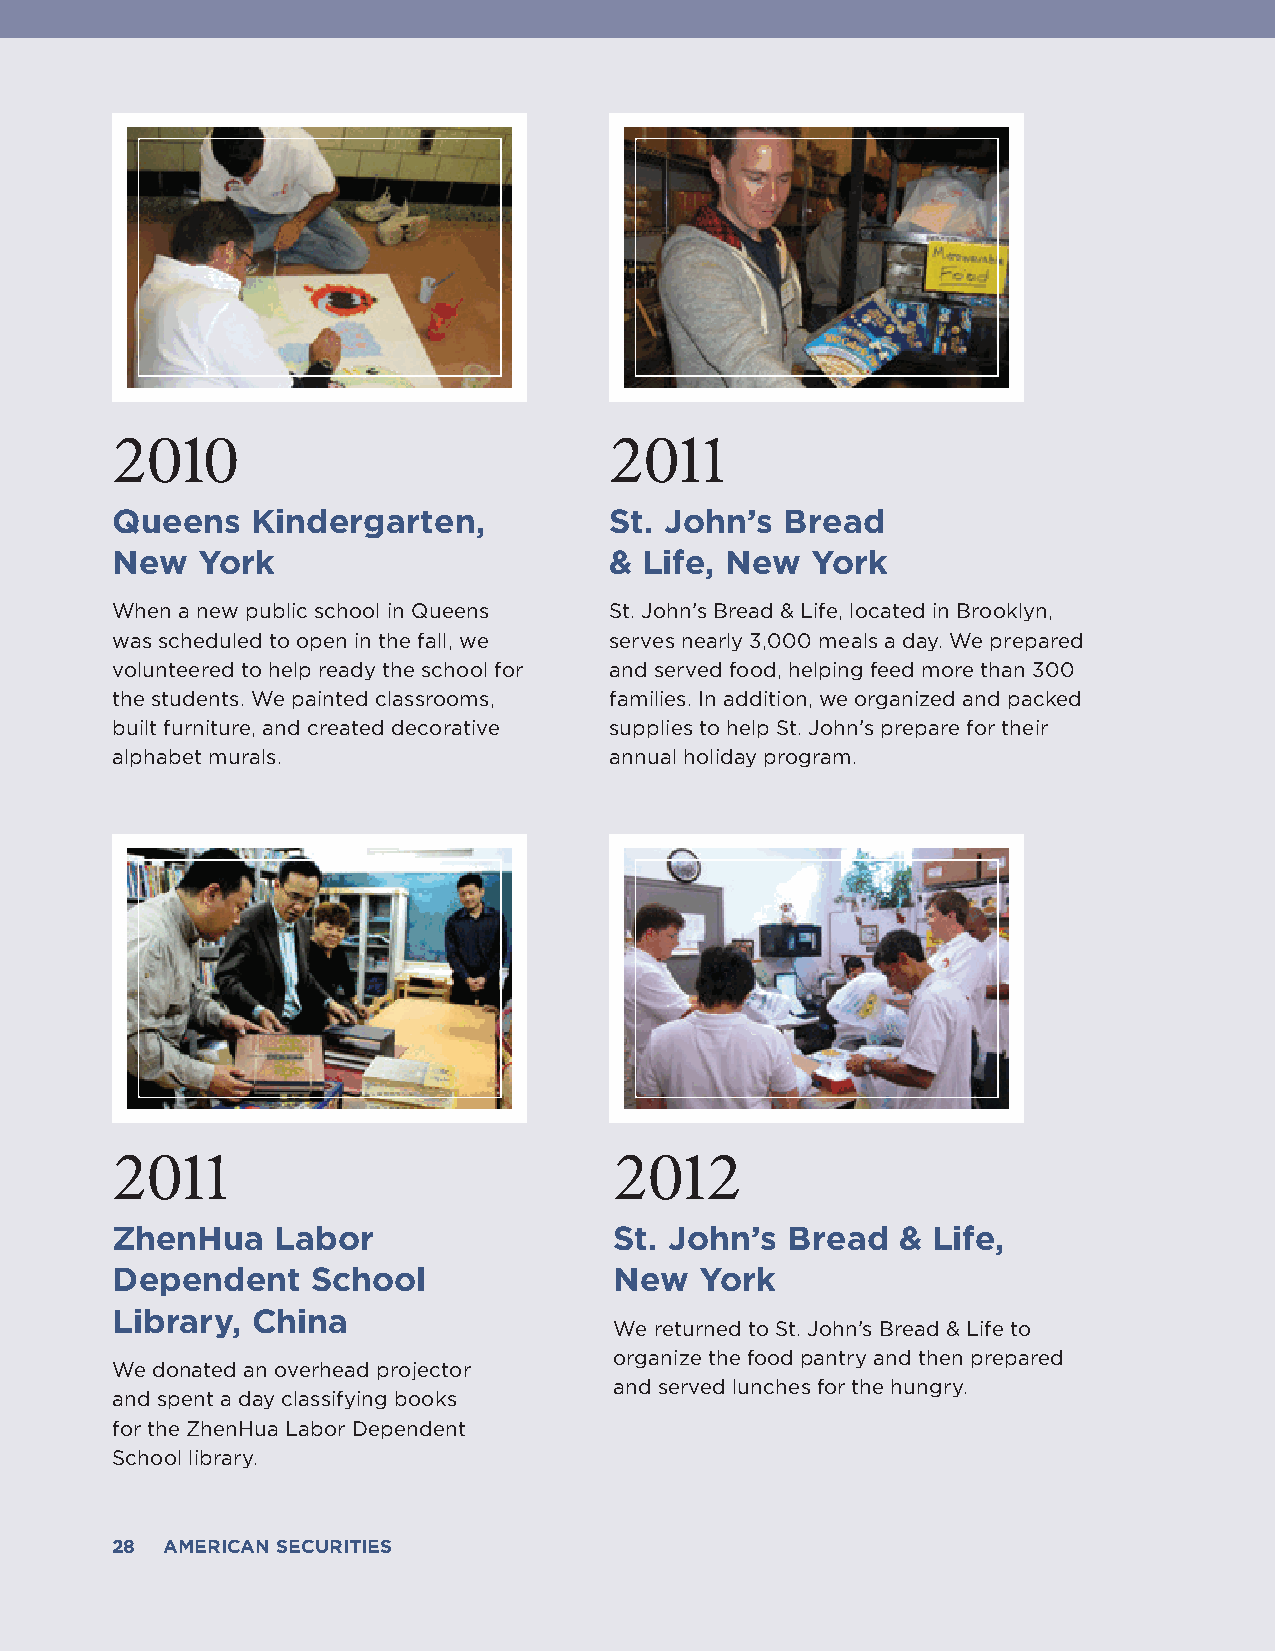
2010                             2011
 Queens    Kindergarten,          St. John’s  Bread
 New   York                       &  Life, New  York
 When a new public school in Queens St. John’s Bread & Life, located in Brooklyn,
 was scheduled to open in the fall, we serves nearly 3,000 meals a day. We prepared
 volunteered to help ready the school for and served food, helping feed more than 300
 the students. We painted classrooms, families. In addition, we organized and packed
 built furniture, and created decorative supplies to help St. John’s prepare for their
 alphabet murals.                 annual holiday program.
 2011                              2012
 ZhenHua    Labor                  St. John’s Bread   & Life,
 Dependent     School              New  York
 Library,  China
 We returned to St. John’s Bread & Life to
 organize the food pantry and then prepared
 We donated an overhead projector
 and served lunches for the hungry.
 and spent a day classifying books
 for the ZhenHua Labor Dependent
 School library.
 28  AMERICAN SECURITIES